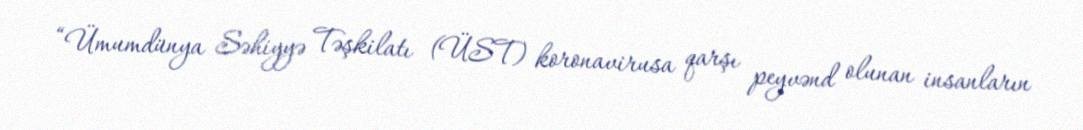
“Ümumdünya Səhiyyə Təşkilatı (ÜST) koronavirusa qarşı peyvənd olunan insanların